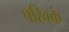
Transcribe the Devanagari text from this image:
परिवकं